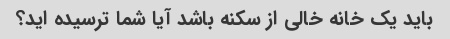
باید یک خانه خالی از سکنه باشد آیا شما ترسیده اید؟